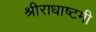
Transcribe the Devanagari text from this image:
श्रीराधाष्टमी